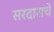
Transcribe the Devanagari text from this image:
सरदाराचे